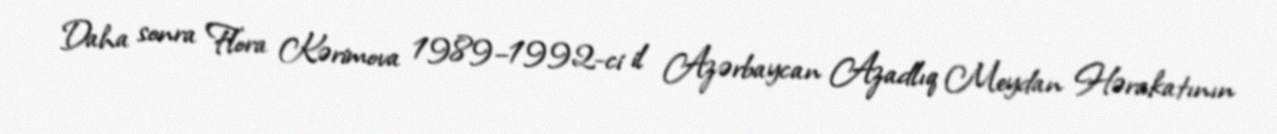
Daha sonra Flora Kərimova 1989–1992-ci il Azərbaycan Azadlıq Meydan Hərakatının